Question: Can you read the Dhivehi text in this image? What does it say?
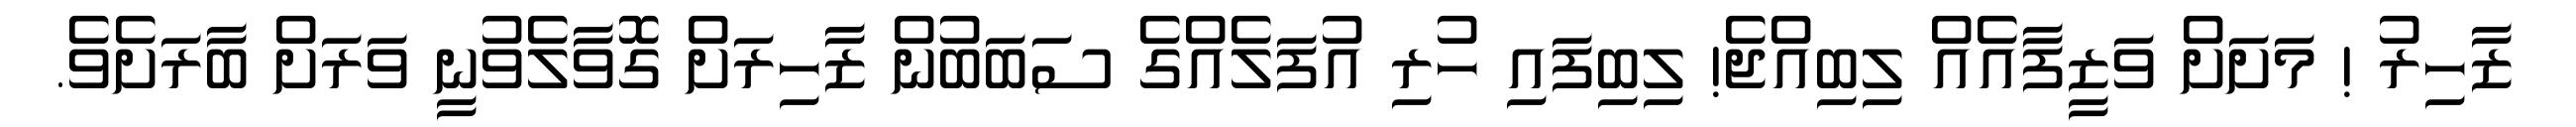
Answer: ޒާހިރު ! މަށަށް ވަޒީފާއެއް ލިބިއްޖެ! ލިބިފައި ހުރި އުފަލެއްގެ ސަބަބުން ޒާހިރަށް ގޮވާލެވުނީ ވަރަށް ބާރަށެވެ.